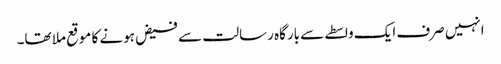
انہیں صرف ایک واسطے سے بارگاہ رسالت سے فیض ہونے کا موقع ملا تھا۔